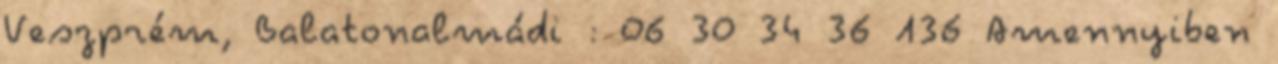
Veszprém, Balatonalmádi : 06 30 34 36 136 Amennyiben